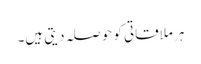
ہر ملاقاتی کو حوصلہ دیتی ہیں۔